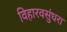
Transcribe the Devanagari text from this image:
विहारवसुंधरा